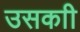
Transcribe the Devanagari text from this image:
उसकाी